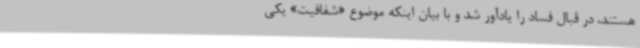
هستند، در قبال فساد را یادآور شد و با بیان اینکه موضوع «شفافیت» یکی